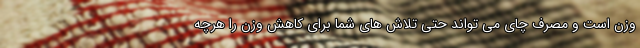
وزن است و مصرف چای می تواند حتی تلاش های شما برای کاهش وزن را هرچه